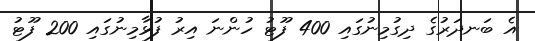
އެ ބަނދަރުގެ ދިގުމިނުގައި 400 ފޫޓު ހުންނަ އިރު ފުޅާމިނުގައި 200 ފޫޓު